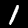
Digit: 1